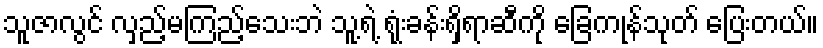
သူဇာလွင် လှည့်မကြည့်သေးဘဲ သူ့ရဲ့ ရုံးခန်းရှိရာဆီကို ခြေကုန်သုတ် ပြေးတယ်။